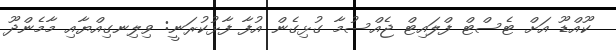
ކޫއްޑޫ އަށް ޓެސްޓް ފްލައިޓް ޖެއްސުމާ ގުޅިގެން އުފާ ފާޅުކުރަނީ: ވިލިނގިއްޔާއި މާމެންދޫ